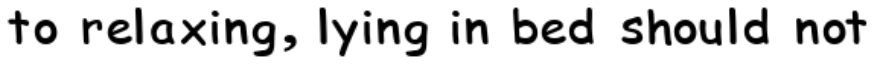
to relaxing, lying in bed should not